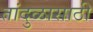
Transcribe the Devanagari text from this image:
तांदुळासाठी